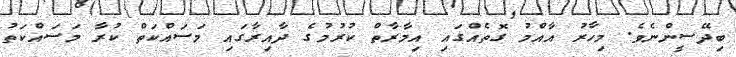
ބިދޭސީންނެވެ. މިހާރު އާއްމު ގޮތެއްގައި އިމާރާތް ކުރުމުގެ ދާއިރާގައި މަސައްކަތް ކުރާ މަސައްކަތު